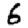
Digit: 6